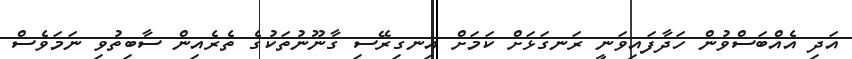
އަދި އެއްބަސްވުން ހަދާފައިވަނީ ރަނގަޅަށް ކަމަށް އިނގިރޭސި ގާނޫނުތަކުގެ ތެރެއިން ސާބިތުވި ނަމަވެސް